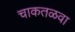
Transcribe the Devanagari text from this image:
चाकतळवा